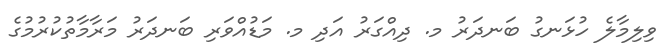
ވިލިމާލެ ހުޅަނގު ބަނދަރު މ. ދިއްގަރު އަދި މ. މަޑުއްވަރި ބަނދަރު މަރާމާތުކުރުމުގެ